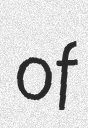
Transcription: of